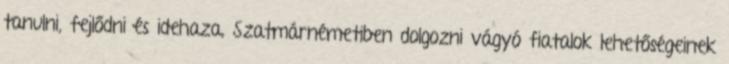
tanulni, fejlődni és idehaza, Szatmárnémetiben dolgozni vágyó fiatalok lehetőségeinek